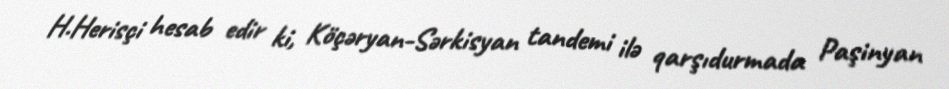
H.Herisçi hesab edir ki, Köçəryan-Sərkisyan tandemi ilə qarşıdurmada Paşinyan